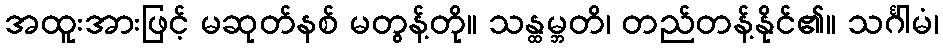
အထူးအားဖြင့် မဆုတ်နစ် မတွန့်တို။ သန္ထမ္ဘတိ၊ တည်တန့်နိုင်၏။ သင်္ဂါမံ၊